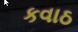
કવાઠ